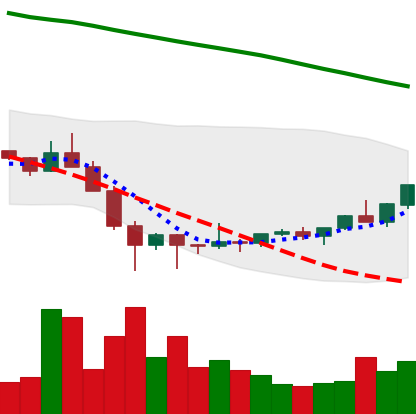
Ticker: ETC-USD
Chart end date: 2022-02-04
Forward return: 13.954%
Label: up_7plus